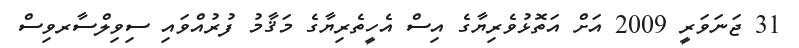
31 ޖަނަވަރީ 2009 އަށް އަތޮޅުވެރިޔާގެ އިސް އެހީތެރިޔާގެ މަޤާމު ފުރުއްވައި ސިވިލްސާރވިސް